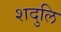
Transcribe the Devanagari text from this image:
शदुलि